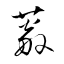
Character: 蓊